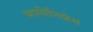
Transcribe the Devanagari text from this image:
भागीनिप्रेम